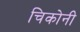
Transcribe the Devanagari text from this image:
चिकोनी